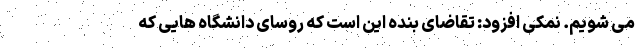
می شویم. نمکی افزود: تقاضای بنده این است که روسای دانشگاه هایی که